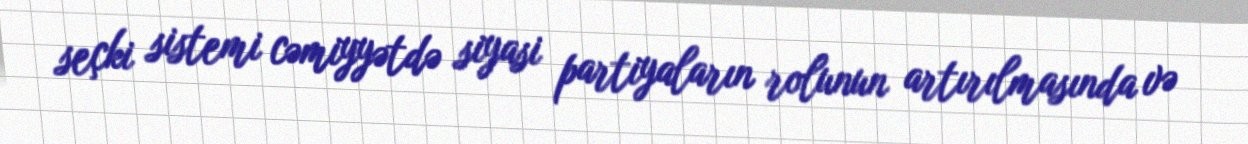
seçki sistemi cəmiyyətdə siyasi partiyaların rolunun artırılmasında və